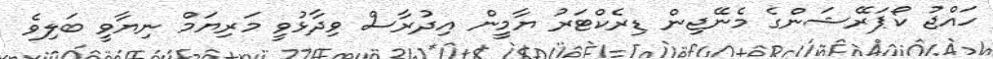
ހައްޖު ކޯޕަރޭޝަންގެ މެނޭޖިން ޑިރެކްޓަރު ޔާމީން އިދުރާސް ވިދާޅުވީ މަރިޔަމް ނިޔާވީ ބަލިވެ